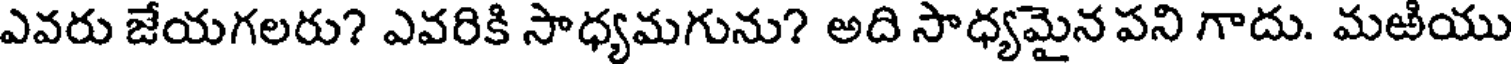
ఎవరు జేయగలరు? ఎవరికి సాధ్యమగును? అది సాధ్యమైన పని గాదు. మఱియు